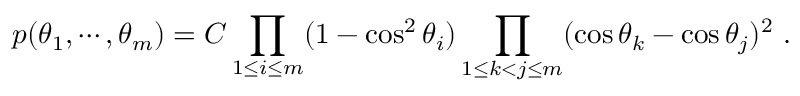
p ( \theta _ { 1 } , \cdots , \theta _ { m } ) = C \prod _ { 1 \leq i \leq m } ( 1 - \cos ^ { 2 } \theta _ { i } ) \prod _ { 1 \leq k < j \leq m } ( \cos \theta _ { k } - \cos \theta _ { j } ) ^ { 2 } ~ .